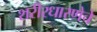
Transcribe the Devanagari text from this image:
शरीरधारणेचे